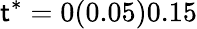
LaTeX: \mathsf{t}^{*}=0(0.05)0.15